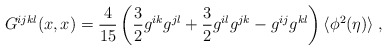
\begin{align*}G^{ijkl}(x,x) = \frac{4}{15} \left(\frac{3}{2} g^{ik} g^{jl} + \frac{3}{2}g^{il} g^{jk} - g^{ij} g^{kl}\right) \langle \phi^2(\eta) \rangle\; ,\end{align*}